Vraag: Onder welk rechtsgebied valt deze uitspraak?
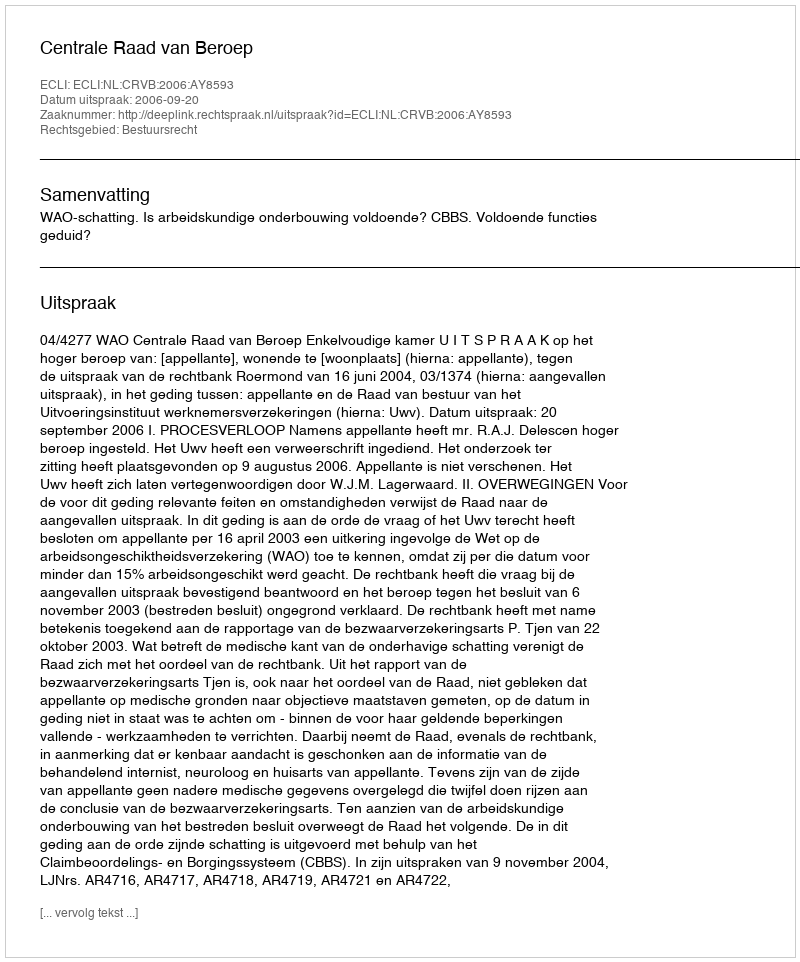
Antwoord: Bestuursrecht